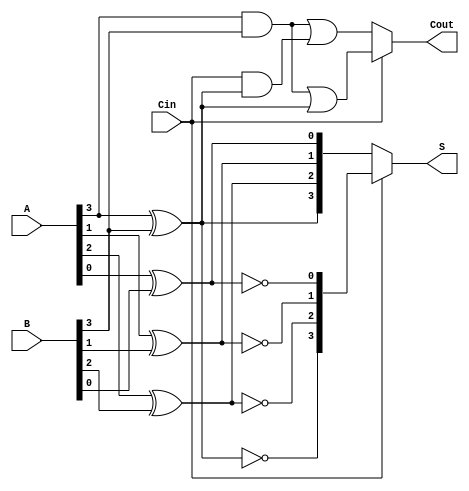
module conditional_sum_adder #(parameter n = 4) (
    input  wire [n-1:0] A,      // First n-bit input
    input  wire [n-1:0] B,      // Second n-bit input
    input  wire Cin,             // Carry-in
    output wire [n-1:0] S,       // n-bit sum output
    output wire Cout             // Carry-out
);

    wire [n-1:0] S0;            // Sum assuming carry-in = 0
    wire [n-1:0] S1;            // Sum assuming carry-in = 1
    wire [n-1:0] C0;            // Carry-out assuming carry-in = 0
    wire [n-1:0] C1;            // Carry-out assuming carry-in = 1
    wire [n-1:0] carry;         // Intermediate carry signals

    // Generate sums and carries for each bit position
    genvar i;
    generate
        for (i = 0; i < n; i = i + 1) begin : CSA_BIT
            // Compute S0 and S1
            assign S0[i] = A[i] ^ B[i] ^ 0; // Assuming carry-in = 0
            assign S1[i] = A[i] ^ B[i] ^ 1; // Assuming carry-in = 1
            
            // Compute C0 and C1
            assign C0[i] = (A[i] & B[i]) | (Cin & (A[i] ^ B[i])); // Carry-out for carry-in = 0
            assign C1[i] = (A[i] & B[i]) | (1 & (A[i] ^ B[i]));   // Carry-out for carry-in = 1
        end
    endgenerate

    // Determine the carry propagation
    assign carry[0] = Cin ? C1[0] : C0[0];
    generate
        for (i = 1; i < n; i = i + 1) begin : CARRY_PROPAGATION
            assign carry[i] = Cin ? C1[i] : C0[i];
        end
    endgenerate

    // Final sum and carry-out selection
    assign S = Cin ? S1 : S0; // Select sum based on carry-in
    assign Cout = carry[n-1]; // Final carry-out is the last carry

endmodule